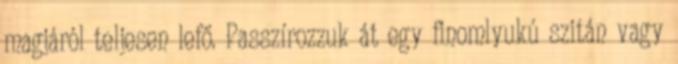
magjáról teljesen lefő. Passzírozzuk át egy finomlyukú szitán vagy